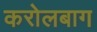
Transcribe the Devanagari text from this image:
करोलबाग